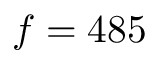
f = 4 8 5